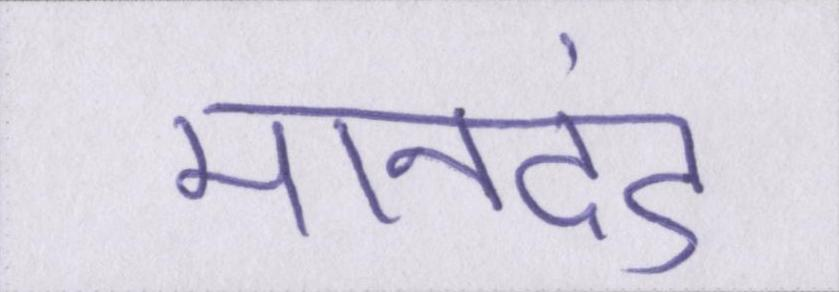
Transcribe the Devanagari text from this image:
मानदंड